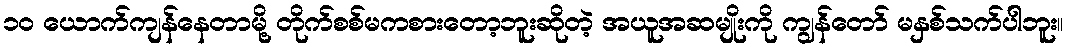
၁၀ ယောက်ကျန်နေတာမို့ တိုက်စစ်မကစားတော့ဘူးဆိုတဲ့ အယူအဆမျိုးကို ကျွန်တော် မနှစ်သက်ပါဘူး။